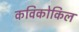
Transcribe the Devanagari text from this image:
कविकोकिल